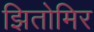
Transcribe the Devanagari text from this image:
झितोमिर